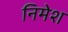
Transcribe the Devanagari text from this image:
निमेश